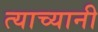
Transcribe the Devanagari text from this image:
त्याच्यानी